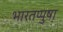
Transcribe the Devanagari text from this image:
भारतप्पुष़ा